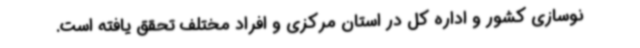
نوسازی کشور و اداره کل در استان مرکزی و افراد مختلف تحقق یافته است.